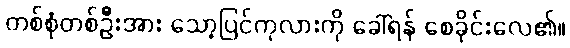
တစ်စုံတစ်ဦးအား သော့ပြင်ကုလားကို ခေါ်ရန် စေခိုင်းလေ၏။